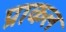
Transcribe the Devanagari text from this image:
प्राकल